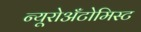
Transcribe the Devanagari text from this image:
न्यूरोअँटोमिस्ट